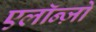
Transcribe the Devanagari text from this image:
एलॉन्ज़ो